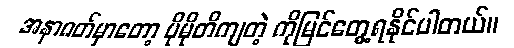
အနာဂတ်မှာတော့ ပိုမိုတိကျတဲ့ ကိုမြင်တွေ့ရနိုင်ပါတယ်။